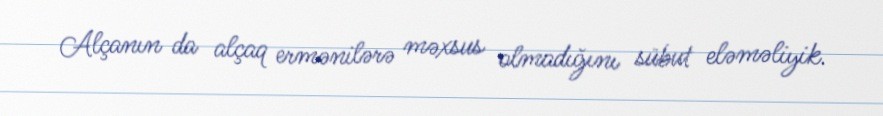
Alçanın da alçaq ermənilərə məxsus olmadığını sübut eləməliyik.